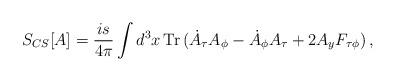
LaTeX: \begin{align*}S_{CS}[A] = \frac{is}{4\pi}\int d^3x\, {\mathrm{Tr}}\,(\dot A_{\tau} A_{\phi} - \dot{A}_{\phi} A_{\tau} + 2 A_y F_{\tau\phi})\,,\end{align*}